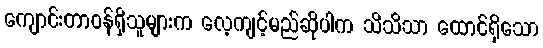
ကျောင်းတာဝန်ရှိသူများက လေ့ကျင့်မည်ဆိုပါက သိသိသာ ထောင်ရှိသော